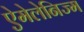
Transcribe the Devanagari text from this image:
ऐमेलेनिज्म